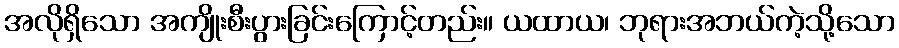
အလိုရှိသော အကျိုးစီးပွားခြင်းကြောင့်တည်း။ ယထာယ၊ ဘုရားအဘယ်ကဲ့သို့သော